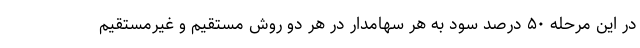
در این مرحله ۵۰ درصد سود به هر سهامدار در هر دو روش مستقیم و غیرمستقیم